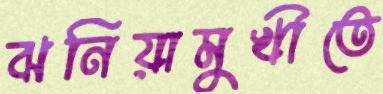
ঝনিয়ামুখীতে